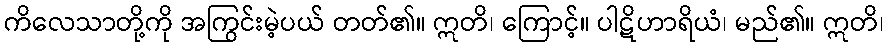
ကိလေသာတို့ကို အကြွင်းမဲ့ပယ် တတ်၏။ ဣတိ၊ ကြောင့်။ ပါဋိဟာရိယံ၊ မည်၏။ ဣတိ၊